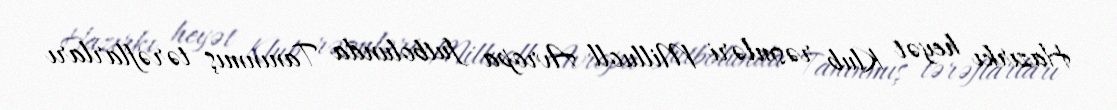
Hazırkı heyət Klub rəsmləri Milluoll Avropa futbolunda Tanınmış tərəflarları